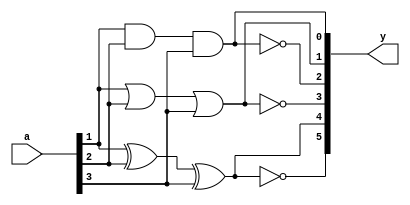
`timescale 1ns / 1ps
//////////////////////////////////////////////////////////////////////////////////
// Company: 
// Engineer: 
// 
// Design Name: 
// Module Name: gates4b
// Project Name: 
// Target Devices: 
// Tool Versions: 
// Description: 
// 
// Dependencies: 
// 
// Revision:
// Revision 0.01 - File Created
// Additional Comments:
// 
//////////////////////////////////////////////////////////////////////////////////


module gates4b(
    input [3:0] a,
    output [5:0] y
    );
    and(y[0],a[1],a[2],a[3]);
    or(y[1],a[1],a[2],a[3]);
    nand(y[2],a[1],a[2],a[3]);
    nor(y[3],a[1],a[2],a[3]);
    xor(y[4],a[1],a[2],a[3]);
    xnor(y[5],a[1],a[2],a[3]);
endmodule